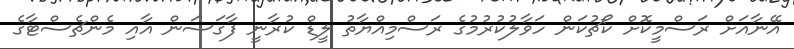
އޭނާއަށް ރަސްމީކޮށް ކޯޗުކަން ހަވާލުކުރުމުގެ ރަސްމިއްޔާތު ލީޑް ކުރާނީ ފާގަސަން އާއި މެންޗެސްޓާގެ